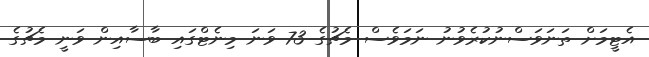
އެޓީމަށް ތަނަވަސްނުކުރެވުނު ނަމަވެސް މެޗުގެ 73 ވަނަ މިނެޓްގައި ބާސާއިން ވަނީ މެޗުގެ